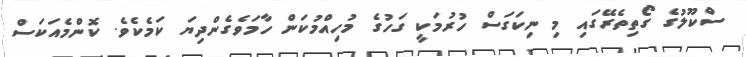
ސްކޫލުގެ ގޯތިތެރޭގައި މި ނިކަގަސް ހުރުމަކީ ގަހުގެ މުހިއްމުކަން ހާމަވެގެންދިޔަ ކަމެކެވެ. ކޮންމެއަކަސް